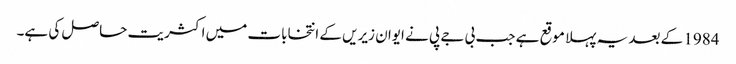
1984 کے بعد یہ پہلا موقع ہے جب بی جے پی نے ایوان زیریں کے انتخابات میں اکثریت حاصل کی ہے۔